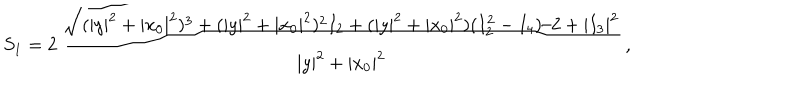
S _ { 1 } = 2 \, \frac { \sqrt { ( | y | ^ { 2 } + | x _ { 0 } | ^ { 2 } ) ^ { 3 } + ( | y | ^ { 2 } + | x _ { 0 } | ^ { 2 } ) ^ { 2 } I _ { 2 } + ( | y | ^ { 2 } + | x _ { 0 } | ^ { 2 } ) ( I _ { 2 } ^ { 2 } - I _ { 4 } ) / 2 + | I _ { 3 } | ^ { 2 } } } { | y | ^ { 2 } + | x _ { 0 } | ^ { 2 } } \, ,